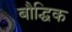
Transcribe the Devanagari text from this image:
बौद्घिक